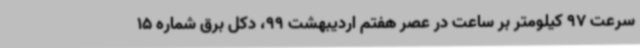
سرعت 97 کیلومتر بر ساعت در عصر هفتم اردیبهشت 99، دکل برق شماره 15